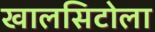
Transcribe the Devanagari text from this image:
खालसिटोला